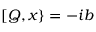
[ Q , x \} = - i b